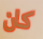
كان